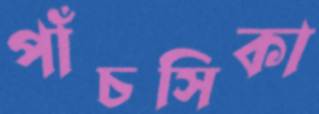
পাঁচসিকা